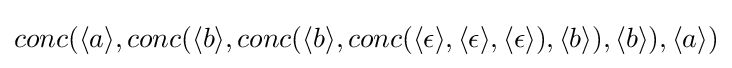
conc(\langle a\rangle ,conc(\langle b\rangle ,conc(\langle b\rangle ,conc(\langle \epsilon \rangle ,\langle \epsilon \rangle ,\langle \epsilon \rangle ),\langle b\rangle ),\langle b\rangle ),\langle a\rangle )